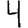
Digit: 4